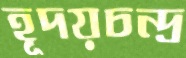
হূদয়চন্দ্র